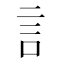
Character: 訁